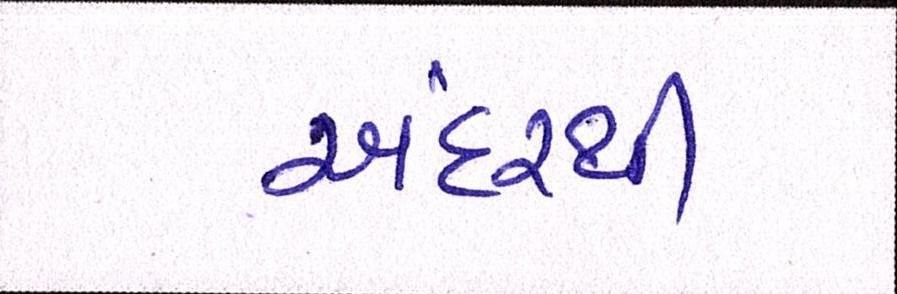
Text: અંદરથી